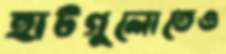
হাটগুলোতেও